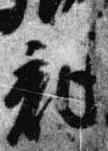
記